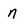
Character: n